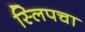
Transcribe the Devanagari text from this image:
स्लिपचा